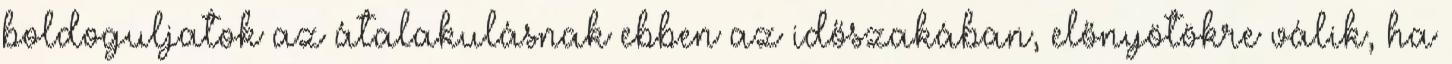
boldoguljatok az átalakulásnak ebben az időszakában, előnyötökre válik, ha